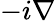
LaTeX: -i\nabla